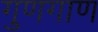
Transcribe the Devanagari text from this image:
गुणगाण